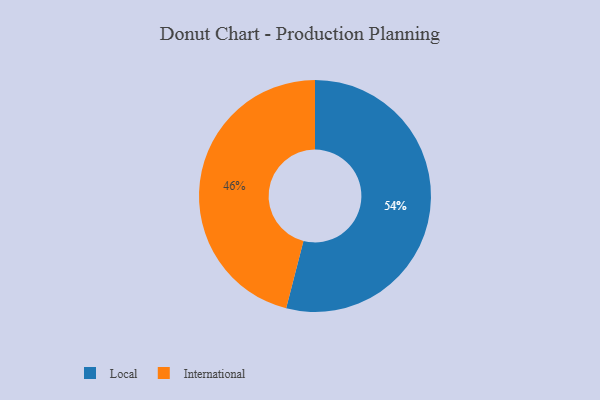
{"axis": {"x": "Category", "y": "Percentage"}, "legend": ["International", "Local"], "data": [{"x": "Local", "y": 54, "type": "Local"}, {"x": "International", "y": 46, "type": "International"}]}